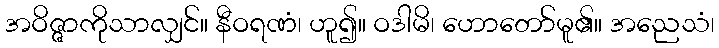
အဝိဇ္ဇာကိုသာလျှင်။ နီဝရဏံ၊ ဟူ၍။ ဝဒါမိ၊ ဟောတော်မူ၏။ အညေသံ၊